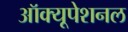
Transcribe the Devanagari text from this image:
ऑक्यूपेशनल